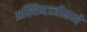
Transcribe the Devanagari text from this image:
अस्थिमज्जीमध्ये